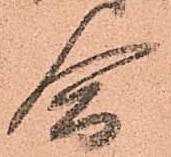
合